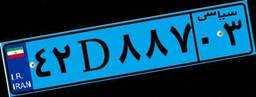
۲۳D۰۱۰۸۰